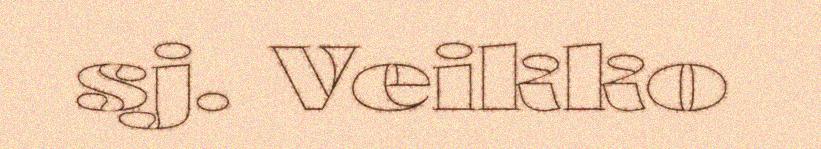
sj. Veikko